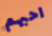
احبهم